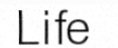
Life